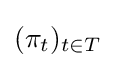
(\pi _{t})_{t\in T}